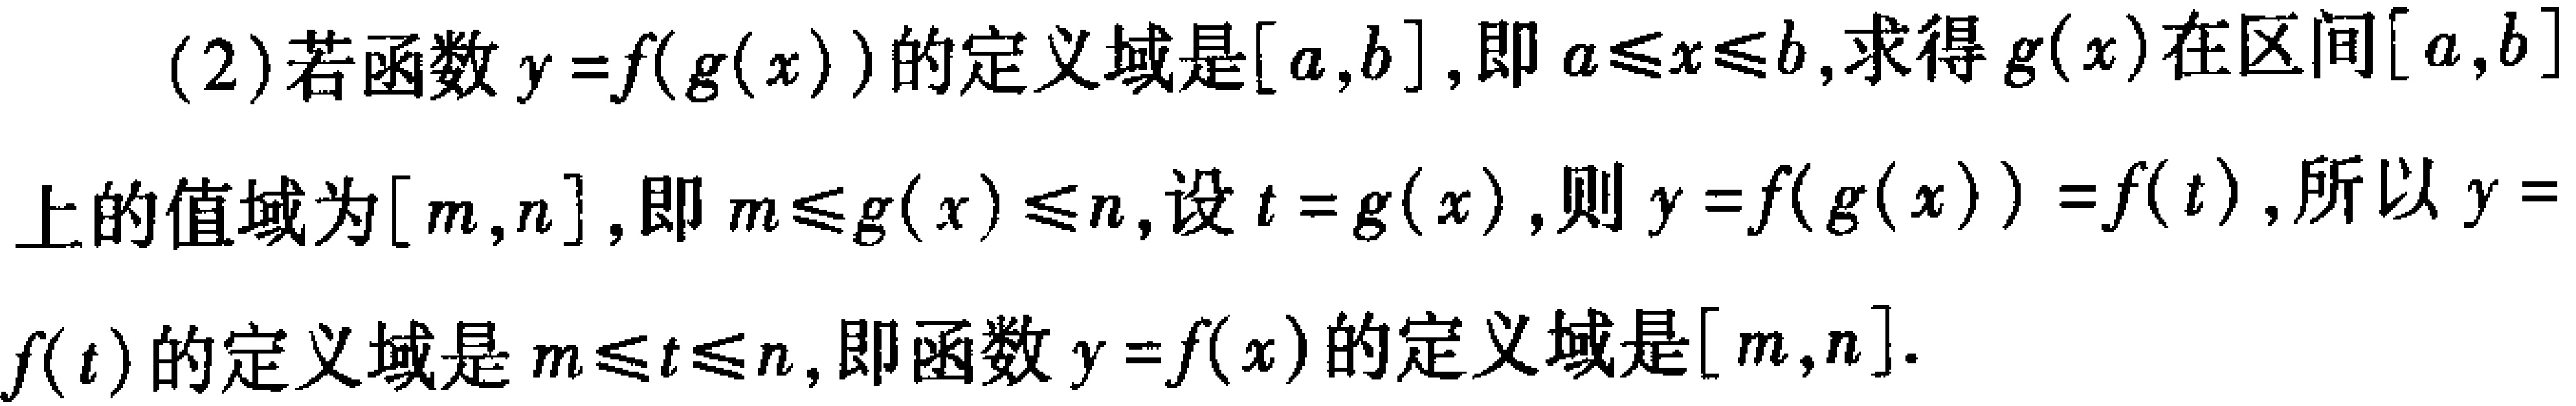
(2)若函数\(y = f(g(x))\)的定义域是\([a,b]\)，即\(a\leqslant x\leqslant b\)，求得\(g(x)\)在区间\([a,b]\)上的值域为\([m,n]\)，即\(m\leqslant g(x)\leqslant n\)，设\(t = g(x)\)，则\(y = f(g(x)) = f(t)\)，所以\(y = f(t)\)的定义域是\(m\leqslant t\leqslant n\)，即函数\(y = f(x)\)的定义域是\([m,n]\)。